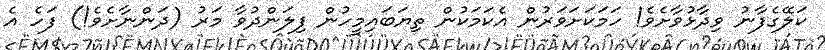
ކަލޭގެފާނު ވިދާޅުވާށެވެ! ހަމަކަށަވަރުން އެކަމަކުން ތިޔަބައިމީހުން ފިލަންދުވާ މަރު (ދަންނާށެވެ!) ފަހެ އެ